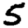
Digit: 5